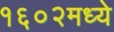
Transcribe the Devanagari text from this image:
१६०२मध्ये